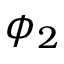
\phi _ { 2 }